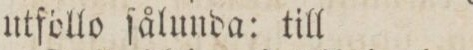
utföllo ſålunda: till